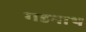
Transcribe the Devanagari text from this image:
गडनाथ